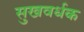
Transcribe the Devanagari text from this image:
सुखवर्धक